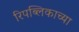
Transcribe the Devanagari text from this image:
रिपब्लिकाच्या